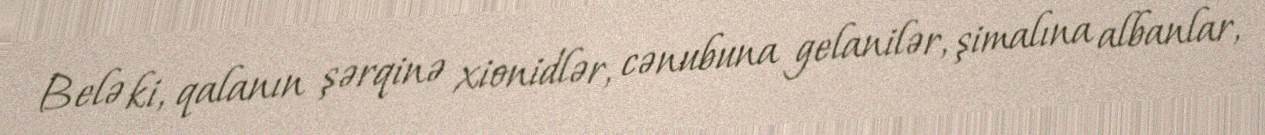
Belə ki, qalanın şərqinə xionidlər, cənubuna gelanilər, şimalına albanlar,